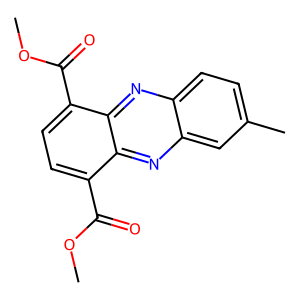
SMILES: COC(=O)c1ccc(C(=O)OC)c2nc3cc(C)ccc3nc12
Inhibits HIV replication: No